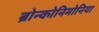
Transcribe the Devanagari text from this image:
ब्रोन्कोनिमोनिया